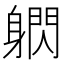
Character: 䠾